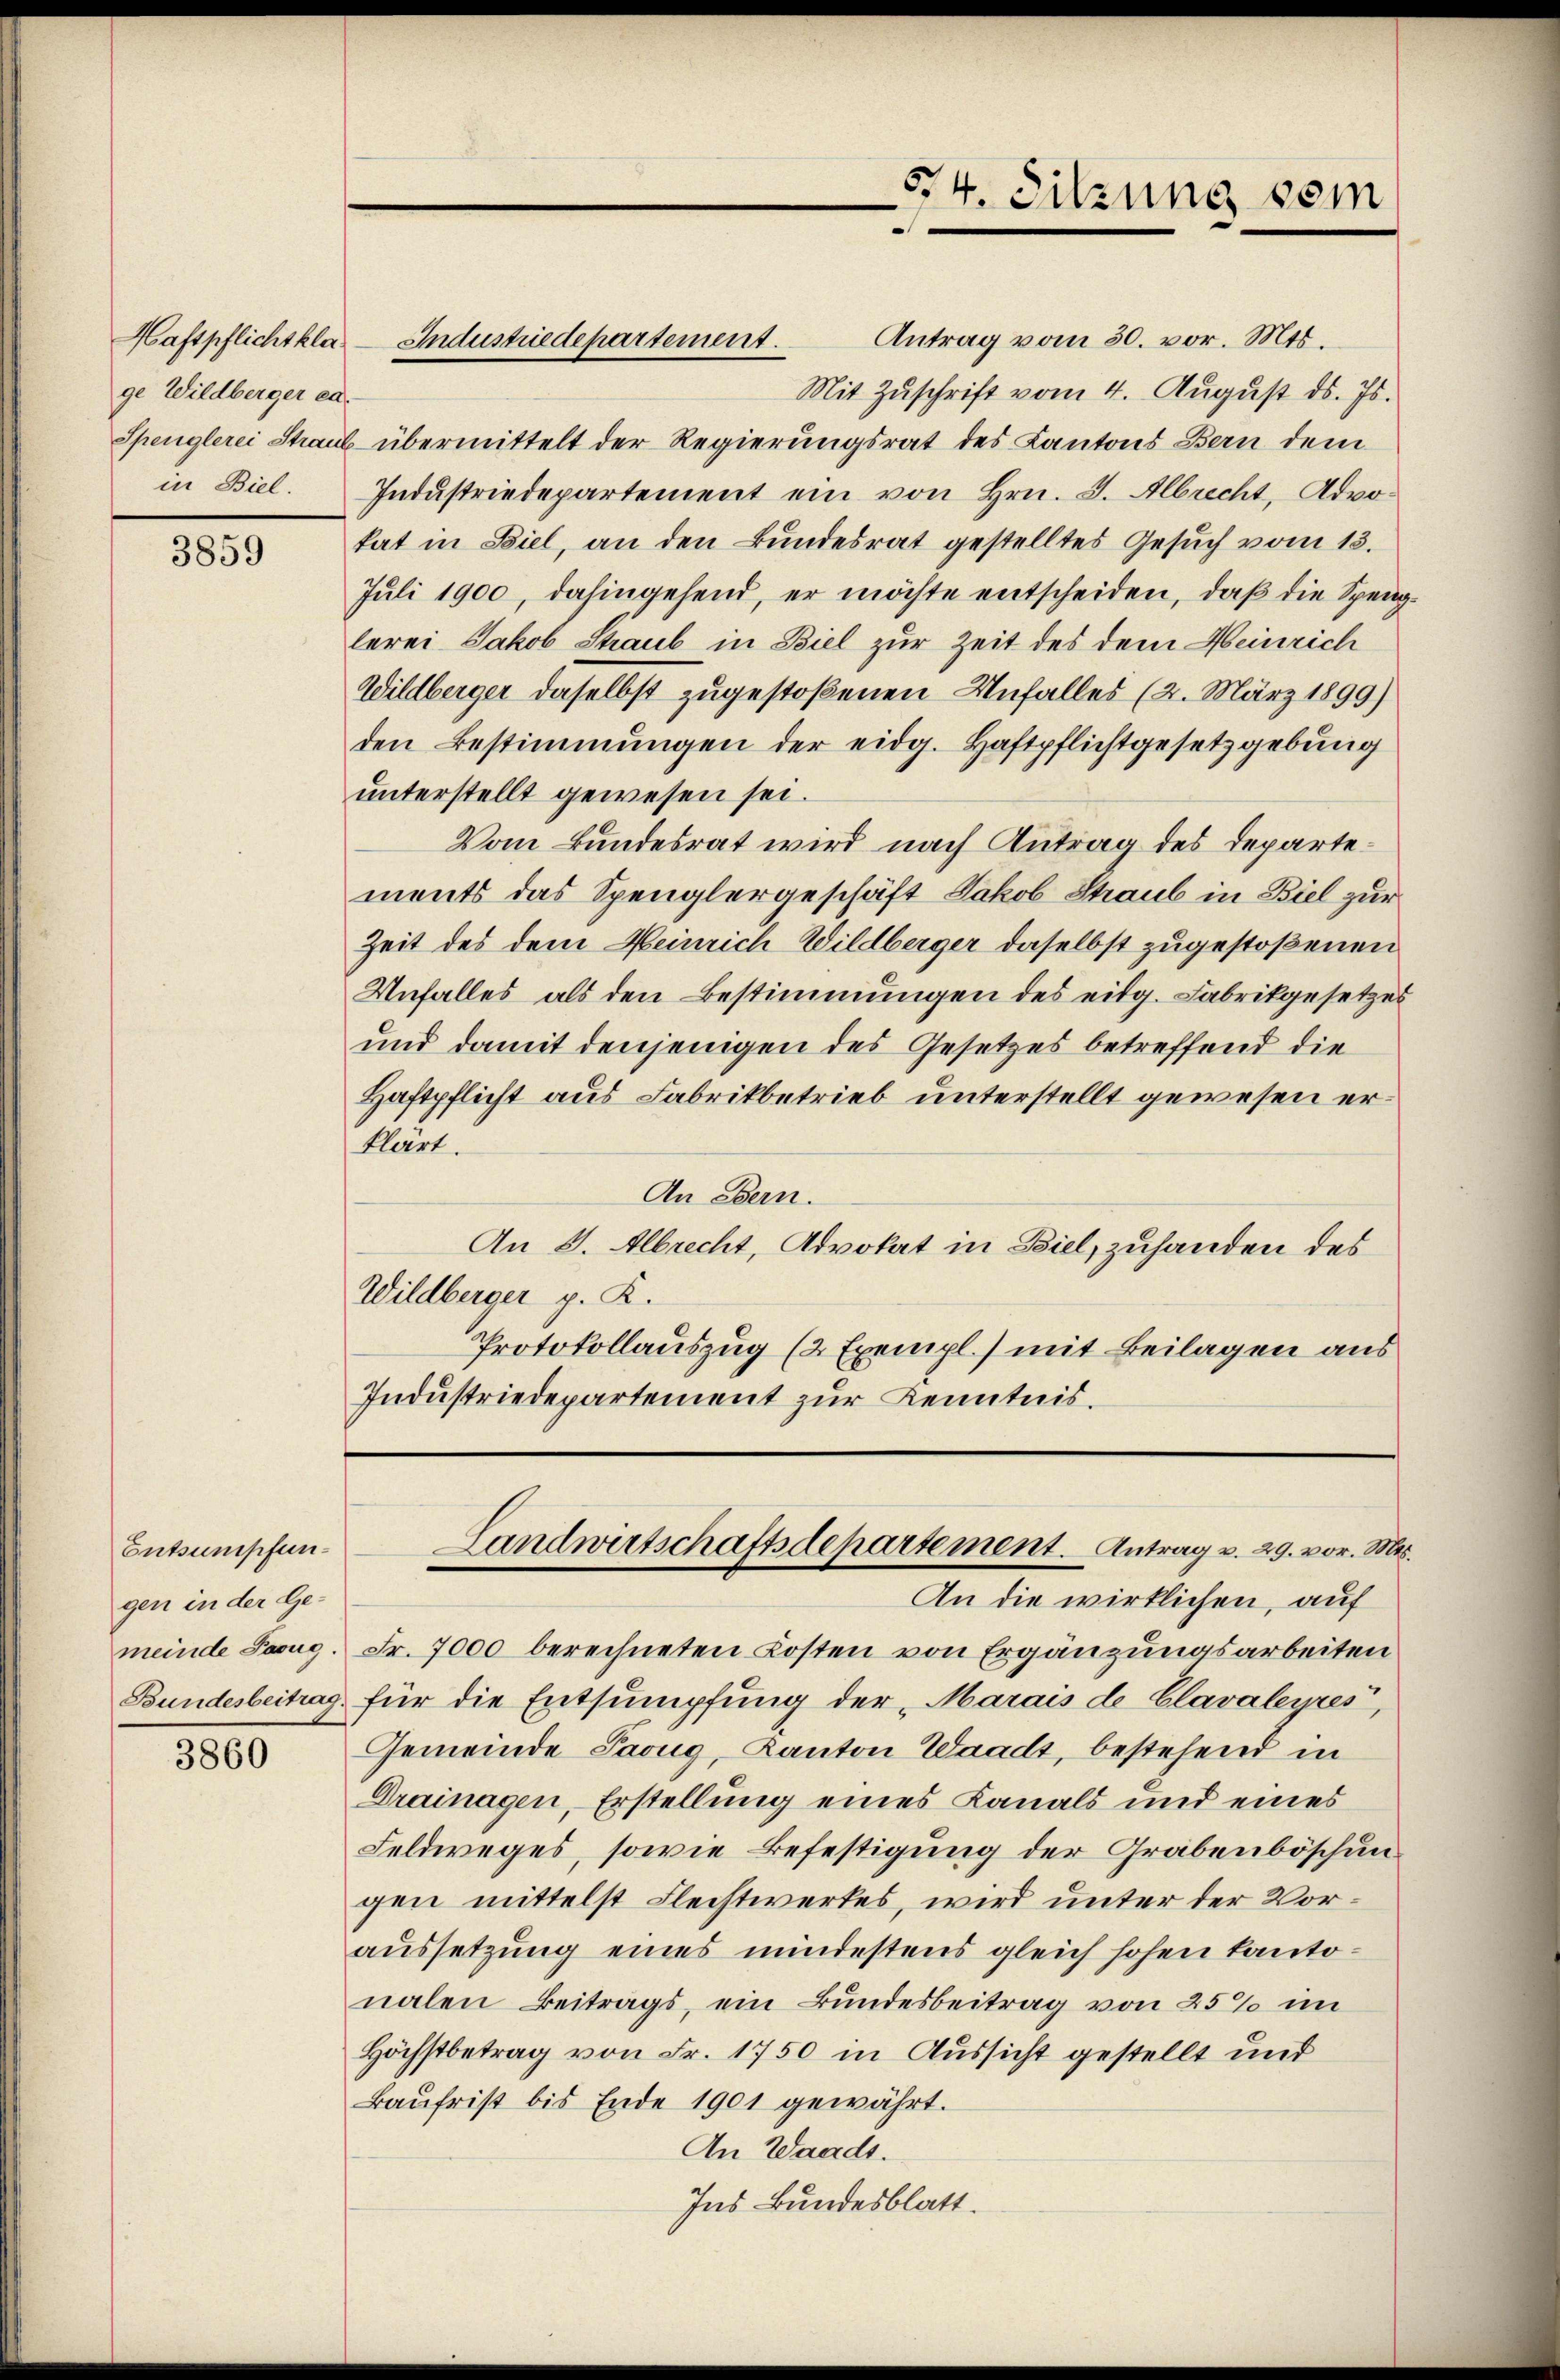
ge Wildberger ca.
in Biel.

3859

Entsumpfungen in der Gemeinde Pasug.

3860

Antrag vom 30. vor. Mts.
Haftpflichtkla- Industriedepartement.
Mit Zŭschrift vom 4. Aŭgŭst ds. Js.
Spenglerei Staub übermittelt der Regierungsrat des Kantons Bern dem
Industriedepartement ein von Hrn. J. Albrecht, Advokat in Biel, an den Bŭndesrat gestelltes Gesŭch vom 13.
Juli 1900, dahingehend, er möchte entscheiden, daß die Spenglerei Jakob Straub in Biel zur Zeit des dem Heinrich
Wildberger daselbst zugestoßenen Unfalles (2. März 1899)
den Bestimmungen der eidg. Haftpflichtgesetzgebung
unterstellt gewesen sei.
Vom Bundesrat wird nach Antrag des Departements das Spenglergeschäft Jakob Staub in Biel zur
Zeit des dem Heinrich Wildberger daselbst zugestoßenen
Unfalles als den Bestimmungen des eidg. Fabrikgesetzes
und damit denjenigen des Gesetzes betreffend die
Haftpflicht aus Fabrikbetrieb unterstellt gewesen erklärt.
An Bern.
An 8. Albrecht, Advokat in Ziel, zuhanden des
Wildberger p. K.
Protokollauszug (2 Exempl.) mit Beilagen aus
Industriedepartement zur Kenntnis.

54. Sitzung vom

Landwirtschaftsdepartement. Antrag v. 29. vor. Mts.

An die wirklichen, auf
Fr. 7000 berechneten Kosten von Ergänzungsarbeiten
Bundesbeitrag für die Entsumpfung der „Marais de Clavaleyres,
Gemeinde Parug, Kanton Waadt, bestehend in
Drainagen, Erstellung eines Kanals und eines
Feldweges, sowie Befestigung der Grabenböschungen mittelst Flechtwerkes, wird unter der Voraussetzung eines mindestens gleich hohen kantonalen Beitrags, ein Bundesbeitrag von 25% im
Höchstbetrag von Fr. 1750 in Aussicht gestellt und
Baufrist bis Ende 1901 gewährt.
An Waadt.
Ins Bundesblatt.